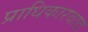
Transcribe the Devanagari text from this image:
प्राधिकारवाद